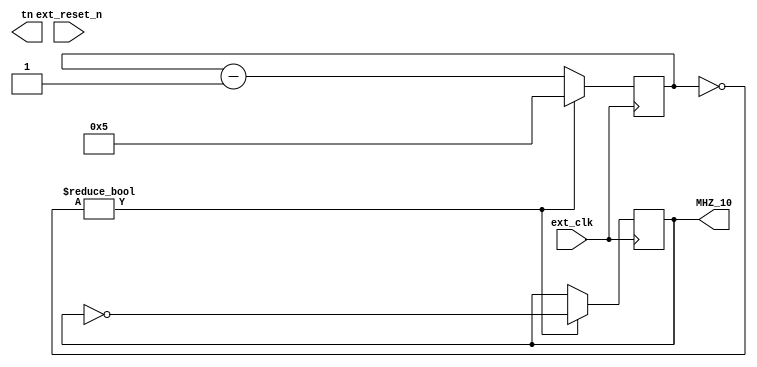
/* Toplevel for the entrie design */

module top(
	input wire ext_clk,		// external xtal generator connection
	input wire ext_reset_n,	// hardware resrt button
	
	output wire [10:1] tn,	// for test purposes
	output reg MHZ_10
);

	/* devboard PS-06 has 50MHz oscillator connected to the pin 23 */
	/* we have to obtain 10MHz clock */
	reg [3:0] div;
	initial div = 4'b0101;
	
	always @(posedge ext_clk) begin
		if (~div) begin
			MHZ_10 <= ~MHZ_10;
			div <= 4'b0101;
		end
		else div <= div - 1;
	end

endmodule

/*  test */
module top_test();
	reg ext_clk;
	wire mhz_10;
	
	top DUT(.ext_clk(ext_clk), .MHZ_10(mhz_10));
	
	initial begin
		ext_clk = 1'b0;
		#200 $finish;
	end
	
	always #1 ext_clk = ~ext_clk;

endmodule